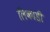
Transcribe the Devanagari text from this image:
लिकाडी